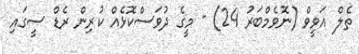
ތެލް އަވީވް (ނޮވެމްބަރު 24) - މީގެ ދުވަސްކޮޅެއް ކުރިން ރެޑް ސީގައި